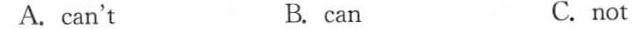
A. can't B. can C.not